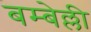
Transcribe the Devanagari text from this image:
बम्बेल्ली